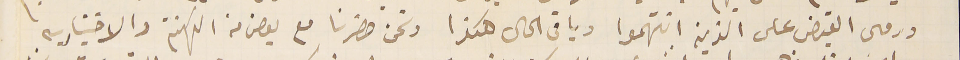
ورمى القبض على الذين انتهموا وباقى الحال هكذا ونحن حضرنا مع بعض من الكهنة والاختياريه